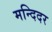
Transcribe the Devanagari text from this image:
मन्दिदर